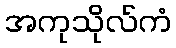
အကုသိုလ်ကံ